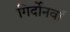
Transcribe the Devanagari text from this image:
गिर्दोनवाॅ